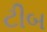
ટીબ